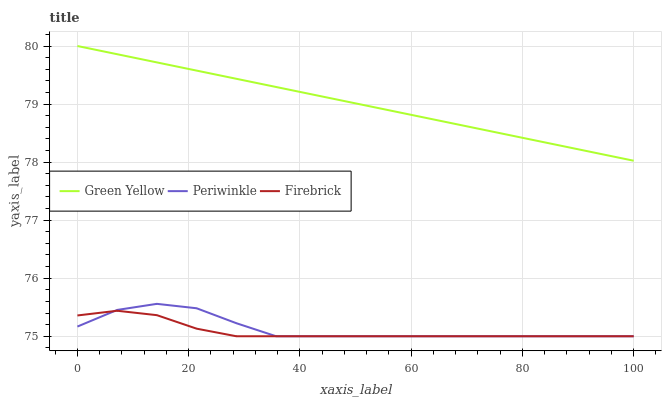
| xaxis_label | Green Yellow | Periwinkle | Firebrick |
 | --- | --- | --- | --- |
 | 0 | 80 | 75.2 | 75.4 |
 | 7.14 | 79.9 | 75.5 | 75.4 |
 | 14.3 | 79.7 | 75.6 | 75.4 |
 | 21.4 | 79.6 | 75.5 | 75.1 |
 | 28.6 | 79.4 | 75.2 | 75 |
 | 35.7 | 79.3 | 75 | 75 |
 | 42.9 | 79.2 | 75 | 75 |
 | 50 | 79 | 75 | 75 |
 | 57.1 | 78.9 | 75 | 75 |
 | 64.3 | 78.7 | 75 | 75 |
 | 71.4 | 78.6 | 75 | 75 |
 | 78.6 | 78.4 | 75 | 75 |
 | 85.7 | 78.3 | 75 | 75 |
 | 92.9 | 78.2 | 75 | 75 |
 | 100 | 78 | 75 | 75 |